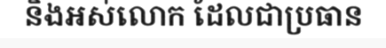
និងអស់លោក ដែលជាប្រធាន